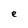
Character: e